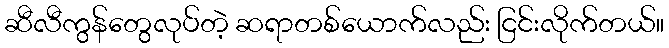
ဆီလီကွန်တွေလုပ်တဲ့ ဆရာတစ်ယောက်လည်း ငြင်းလိုက်တယ်။